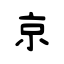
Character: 京